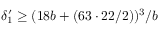
\delta _ { 1 } ^ { \prime } \geq ( 1 8 b + ( 6 3 \cdot 2 2 / 2 ) ) ^ { 3 } / b